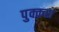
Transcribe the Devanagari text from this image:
पुक्कश